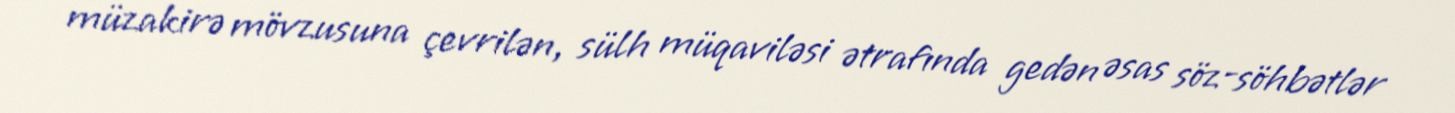
müzakirə mövzusuna çevrilən, sülh müqaviləsi ətrafında gedən əsas söz-söhbətlər